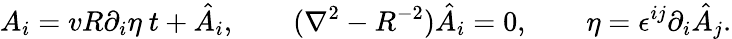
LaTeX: A_{i}={vR}\partial_{i}\eta\ t+\hat{A}_{i},\qquad(\nabla^{2}-{R^{-2}})\hat{A}_{i}=0,\qquad\eta=\epsilon^{ij}\partial_{i}\hat{A}_{j}.